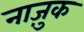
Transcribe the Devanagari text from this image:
नाजु़क